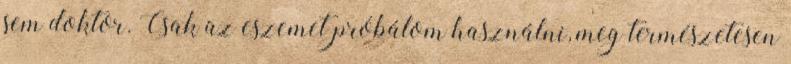
sem doktor. Csak az eszemet próbálom használni, meg természetesen